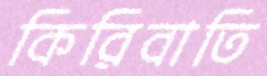
কিরিবাতি